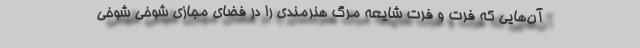
آن‌هایی که فرت و فرت شایعه مرگ هنرمندی را در فضای مجازی شوخی شوخی